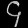
Digit: ၄